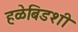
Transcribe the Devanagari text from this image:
हळेबिडशी